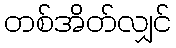
တစ်အိတ်လျှင်